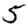
Digit: 5